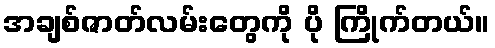
အချစ်ဇာတ်လမ်းတွေကို ပို ကြိုက်တယ်။